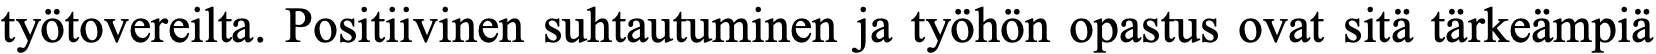
työtovereilta. Positiivinen suhtautuminen ja työhön opastus ovat sitä tärkeämpiä